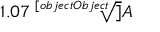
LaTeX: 1 . 0 7 { \sqrt [ [object Object] ] { A } }